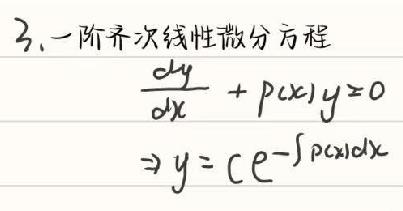
3. 一阶齐次线性微分方程
$\frac{dy}{dx}+p(x)y = 0$
$\Rightarrow y = e^{-\int p(x)dx}$